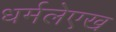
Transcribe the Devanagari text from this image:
धर्मलेएख